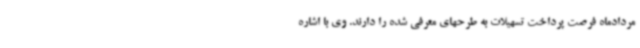
مردادماه فرصت پرداخت تسهیلات به طرحهای معرفی شده را دارند. وی با اشاره